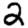
Digit: 2